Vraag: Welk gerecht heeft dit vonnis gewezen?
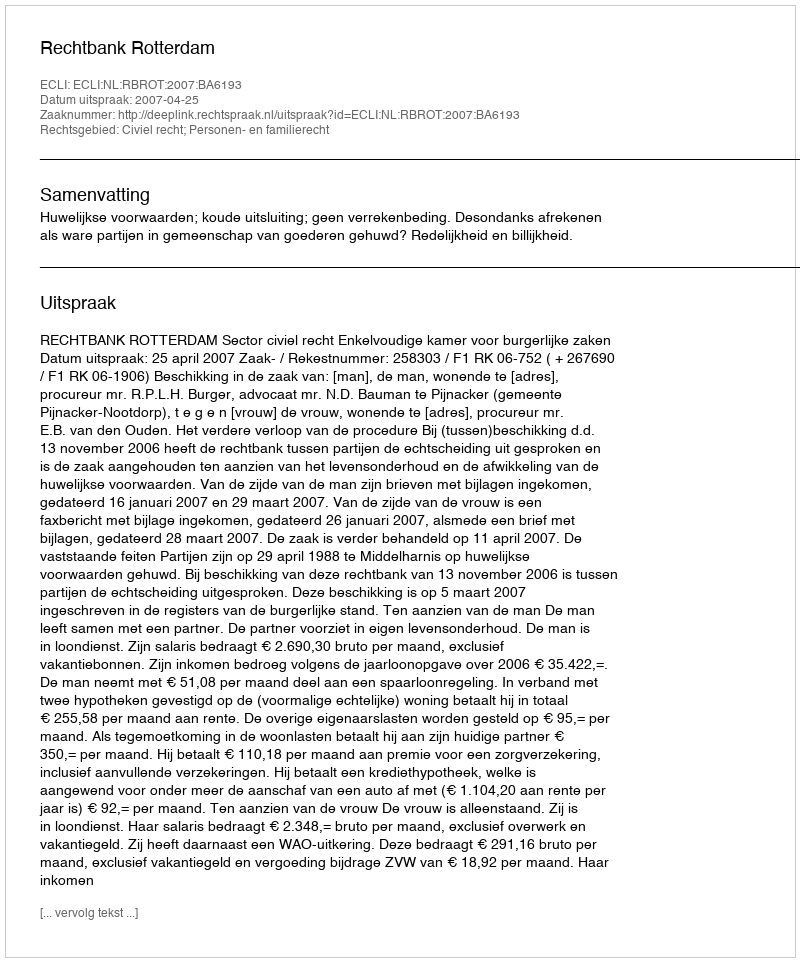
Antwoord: Rechtbank Rotterdam